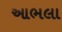
આભલા